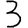
Digit: 3